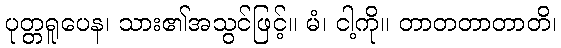
ပုတ္တရူပေန၊ သား၏အသွင်ဖြင့်။ မံ၊ ငါ့ကို။ တာတတာတာတိ၊